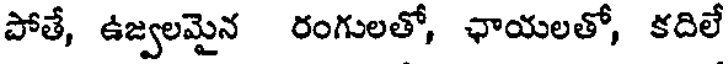
పోతే, ఉజ్వలమైన రంగులతో, ఛాయలతో, కదిలే